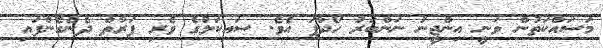
މަސައްކަތުން ވަނީ އިންޖީނު ނަންބަރު ހޯދާފަ އެވެ. ސައިކަލުގެ ވެރި ފަރާތް ދެނެގެންފައި